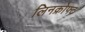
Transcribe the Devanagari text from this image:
लिनक्रोफ्ट